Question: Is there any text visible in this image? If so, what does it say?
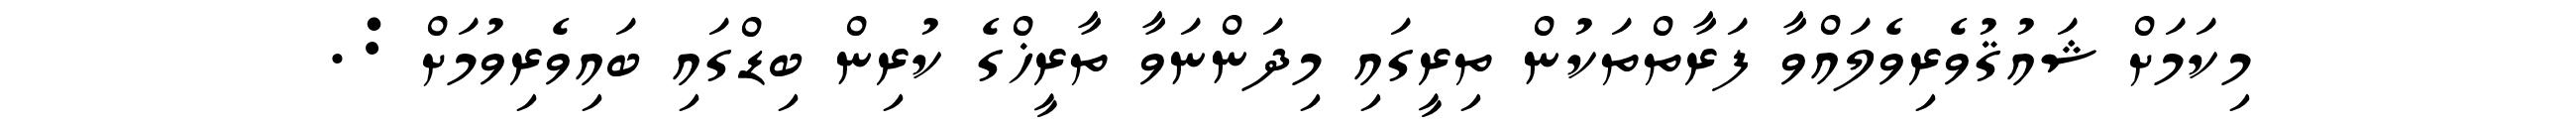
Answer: މިކަމަށް ޝައުޤުވެރިވެލައްވާ ފަރާތްތަކުން ތިރީގައި މިދަންނަވާ ތާރީޚްގެ ކުރިން ބިޑްގައި ބައިވެރިވުމަށް :.